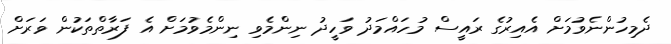
ދެމިހުންނެވުމަށް އެއިރުގެ ރައީސް މުހައްމަދު ވަހީދު ނިންމެވި ނިންމެވުމަށް އެ ފަރާތްތަކުން ވަރަށް